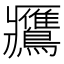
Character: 𪇿